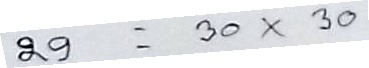
29 = 30 x 30